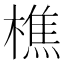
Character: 樵